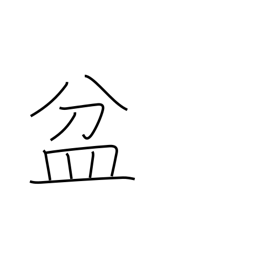
Meaning: basin